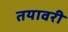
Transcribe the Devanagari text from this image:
तयावरी